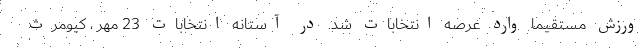
ورزش مستقیما وارد عرصه انتخابات شد. در آستانه انتخابات 23 مهر ، کیومرث